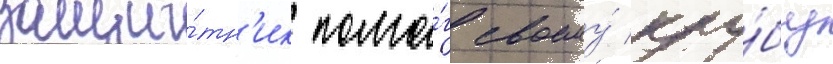
защи́тн'ик помо́г своему́ клу́бу